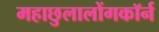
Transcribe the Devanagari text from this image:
महाछुलालोंगकॉर्न